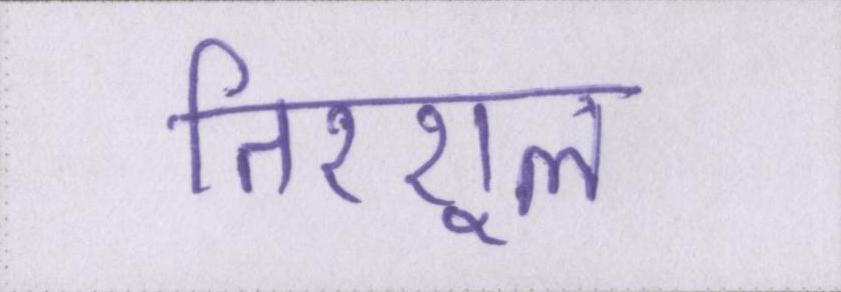
तिरशूल